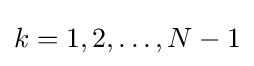
k=1,2,\ldots ,N-1